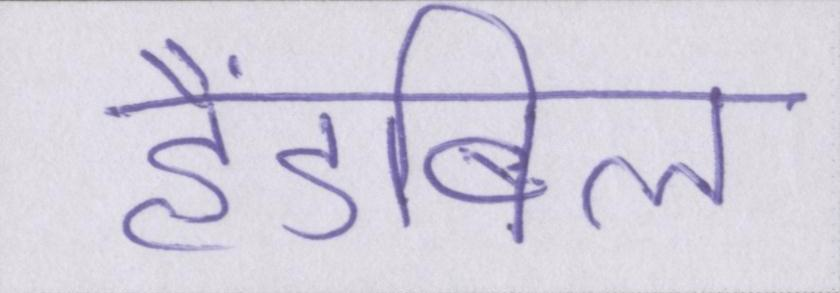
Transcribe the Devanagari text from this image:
हैंडबिल